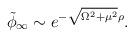
LaTeX: \begin{align*}\tilde \phi_\infty \sim e^{-\sqrt{\Omega^2 + \mu^2} \rho}.\end{align*}